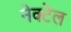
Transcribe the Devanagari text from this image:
नेक्टेल